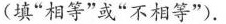
(填”相等”或”不相等”).